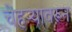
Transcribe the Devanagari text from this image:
चेहऱ्यावरून